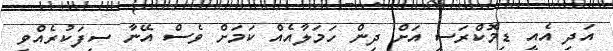
އަދި އެއީ ޑިމޮކްރަސީ އަށް ދިން ހަމަލާއެއް ކަމަށް ވެސް އޭނާ ސިފަކުރެއްވި